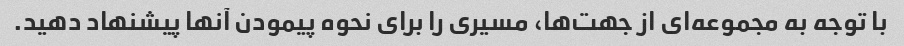
با توجه به مجموعه‌ای از جهت‌ها، مسیری را برای نحوه پیمودن آنها پیشنهاد دهید.